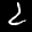
Label: 2